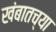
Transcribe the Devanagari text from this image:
खंबातच्या